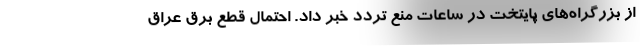
از بزرگراه‌های پایتخت در ساعات منع تردد خبر داد. احتمال قطع برق عراق